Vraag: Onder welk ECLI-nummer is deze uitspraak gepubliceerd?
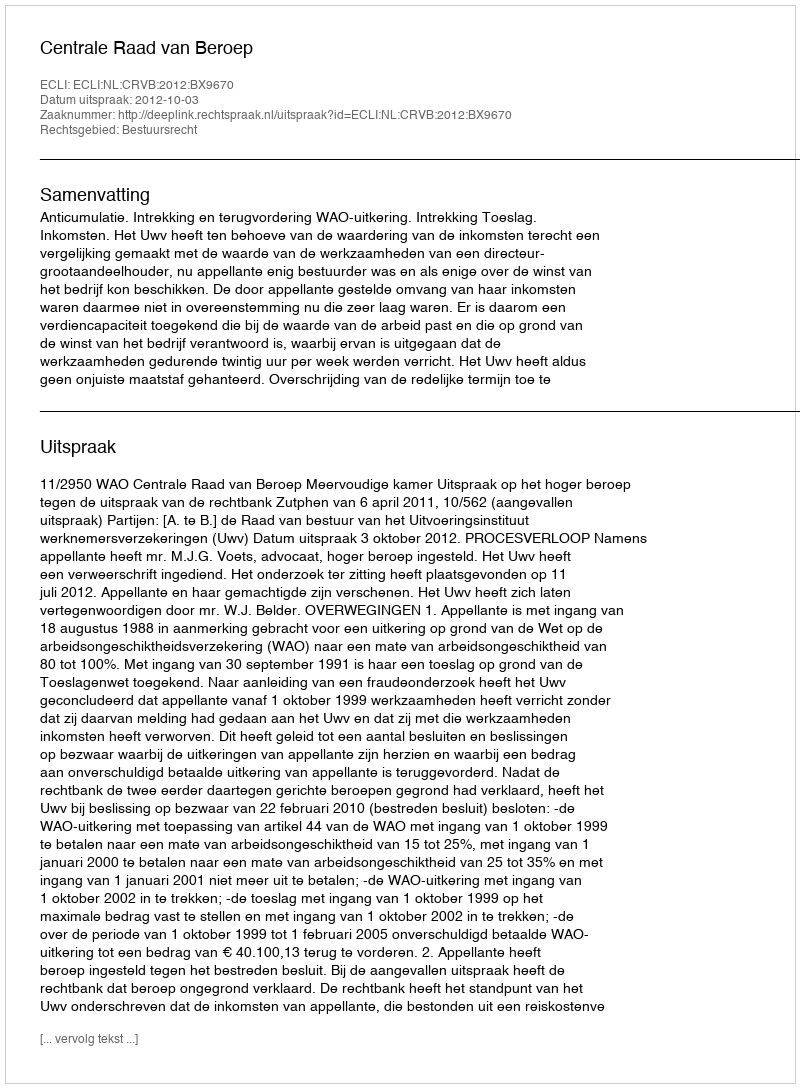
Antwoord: ECLI:NL:CRVB:2012:BX9670